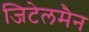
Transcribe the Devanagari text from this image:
जिटेलमैन